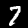
Label: 7